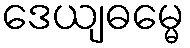
ဒေယျဓမ္မေ